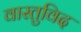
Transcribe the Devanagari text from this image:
वास्‍तुविद